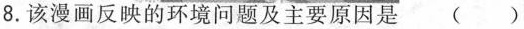
8.该漫画反映的环境问题及主要原因是()